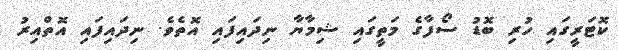
ކޮޓަރީގައި ހުރި ބޮޑު ސޯފާގެ މަތީގައި ޝިމާޔާ ނިދައިފައި އޮތެވެ. ނިދައިފައި އޮތްއިރު